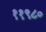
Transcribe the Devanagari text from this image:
११९८०